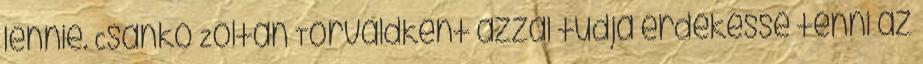
lennie. Csankó Zoltán Torvaldként azzal tudja érdekessé tenni az